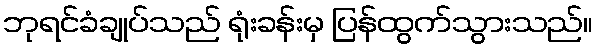
ဘုရင်ခံချုပ်သည် ရုံးခန်းမှ ပြန်ထွက်သွားသည်။